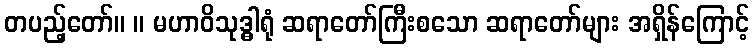
တပည့်တော်။ ။ မဟာဝိသုဒ္ဓါရုံ ဆရာတော်ကြီးစသော ဆရာတော်များ အရှိန်ကြောင့်